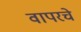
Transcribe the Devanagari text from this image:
वापरचे